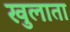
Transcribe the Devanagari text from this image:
खुलाता